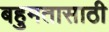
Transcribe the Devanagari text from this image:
बहुमतासाठी